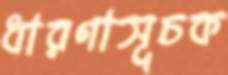
ধারণাসূচক